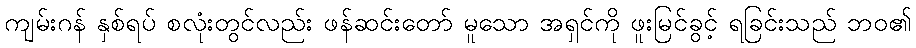
ကျမ်းဂန် နှစ်ရပ် စလုံးတွင်လည်း ဖန်ဆင်းတော် မူသော အရှင်ကို ဖူးမြင်ခွင့် ရခြင်းသည် ဘဝ၏